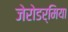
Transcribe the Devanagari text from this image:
जेरोडर्मिया